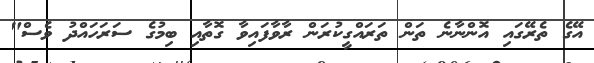
އޭގެ ތެރޭގައި އޮންނާނެ ތަން ތަރައްގީކުރަން ރާވާފައިވާ ގޮތާއި ބިމުގެ ސަރަހައްދު ވެސް"